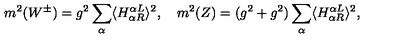
m ^ { 2 } ( W ^ { \pm } ) = g ^ { 2 } \sum _ { \alpha } \langle H _ { \alpha R } ^ { \alpha L } \rangle ^ { 2 } , \quad m ^ { 2 } ( Z ) = ( g ^ { 2 } + g ^ { 2 } ) \sum _ { \alpha } \langle H _ { \alpha R } ^ { \alpha L } \rangle ^ { 2 } , \quad